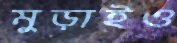
মুড়াইও